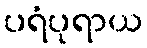
ပရံပုရာယ